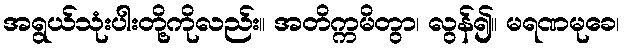
အရွယ်သုံးပါးတို့ကိုလည်း။ အတိက္ကမိတွာ၊ လွန်၍။ မရဏမုခေ၊